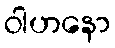
ဝါဟနော